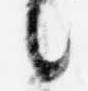
言